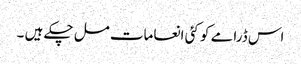
اس ڈرامے کو کئی انعامات مل چکے ہیں ۔